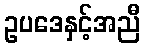
ဥပဒေနှင့်အညီ